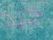
جيد